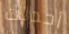
أحدثت